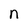
Character: n